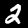
Digit: 2